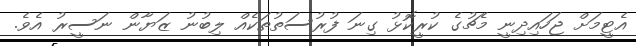
އެޓީމަށް ޖަހައިދިނީ މެޗުގެ ކުރީކޮޅު ގިނަ ފުރުސަތުތަކެއް ލިބުނު ޒަޔާން ނަސީރު އެވެ.